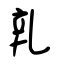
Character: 乵